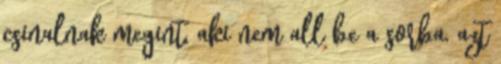
csinalnak megint, aki nem all be a sorba, azt